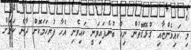
މި ކައިވެންޏާއި ގުޅޭގޮތުން ނިކް ބުނެފައިވަނީ ކައިވެނި އެހާ ފުރިހަމަކޮށް ދާނެ ކަމަށް